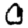
Digit: 0